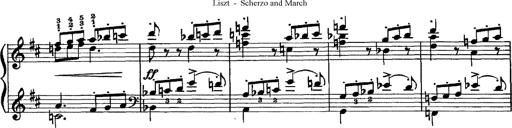
Title: Scherzo und Marsch
Composer: Franz Liszt